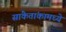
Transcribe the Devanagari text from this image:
सांकेतांकामध्ये